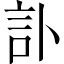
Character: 訃